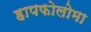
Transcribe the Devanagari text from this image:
हापफोलोमा